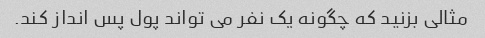
مثالی بزنید که چگونه یک نفر می تواند پول پس انداز کند.